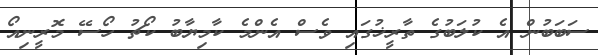
ސަބަބުން އެ ކުލަބުގެ ތާރީޚުގައި ވެސް އެންމެ ކާމިޔާބު ކޯޗު ހޯސޭ މޮރީނިއޯ